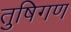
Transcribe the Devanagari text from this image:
तुषिगण